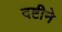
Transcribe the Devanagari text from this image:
दष्टीने